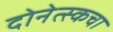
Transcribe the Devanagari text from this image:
दोनेत्स्कचा